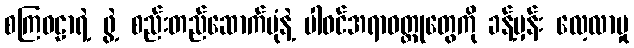
စကြဝဠာရဲ့ ဖွဲ့ စည်းတည်ဆောက်ပုံနဲ့ ပါဝင်အရာဝတ္ထုတွေကို ခန့်မှန်း လေ့လာမှု